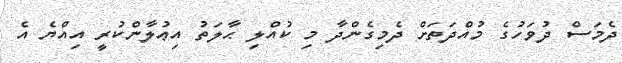
ދެމަސް ދުވަހުގެ މުއްދަތަށް ދެމިގެންދާ މި ކުއްލި ޙާލަތު އިޢުލާންކުރީ އިއްޔެ އެ